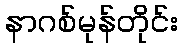
နာဂစ်မုန်တိုင်း